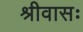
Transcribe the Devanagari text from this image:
श्रीवासः